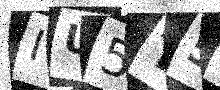
Text: IU5T5W